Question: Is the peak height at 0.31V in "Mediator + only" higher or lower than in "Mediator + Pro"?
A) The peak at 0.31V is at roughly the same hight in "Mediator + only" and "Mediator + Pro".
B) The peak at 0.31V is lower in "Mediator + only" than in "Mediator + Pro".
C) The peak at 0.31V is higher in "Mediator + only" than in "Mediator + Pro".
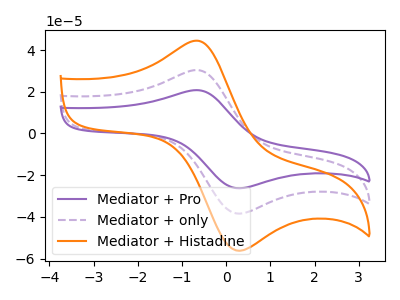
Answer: <think>The purple curve "Mediator + Pro" has an anodic peak at (-0.60V, 60.65uA) and a cathodic peak at (0.30V, -76.85uA). The purple dashed curve "Mediator + only" has an anodic peak at (-0.60V, 30.35uA) and a cathodic peak at (0.30V, -38.40uA). The orange curve "Mediator + Histadine" has an anodic peak at (-0.60V, 44.35uA) and a cathodic peak at (0.30V, -56.20uA).</think>
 <answer>B) The peak at 0.31V is lower in "Mediator + only" than in "Mediator + Pro".</answer>
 <eval>B</eval>